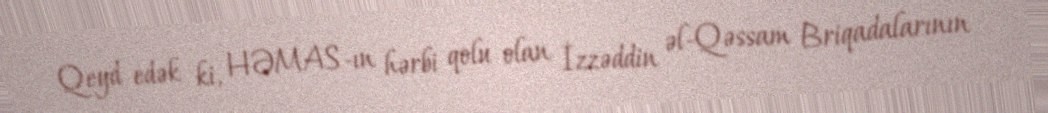
Qeyd edək ki, HƏMAS-ın hərbi qolu olan İzzəddin əl-Qəssam Briqadalarının